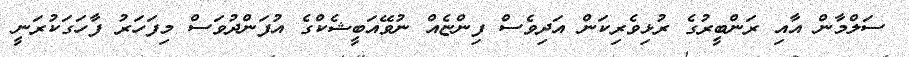
ސަލްމާން އާއި ރަންބީރުގެ ރުޅިވެރިކަން އަދިވެސް ފިންޏެއް ނުވޭއަބީޝެކްގެ އުފަންދުވަސް މިފަހަރު ފާހަގަކުރަނީ